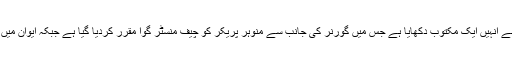
راہول نے کہا کہ لوک سبھا میں کانگریس کے لیڈر ملکارجن کھرگے نے انہیں ایک مکتوب دکھایا ہے جس میں گورنر کی جانب سے منوہر پریکر کو چیف منسٹر گوا مقرر کردیا گیا ہے جبکہ ایوان میں کوئی عددی طاقت ثابت نہیں کی گئی اور نہ کوئی کارروائی ہوی ہے ۔